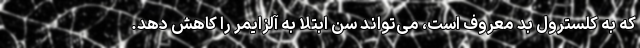
که به کلسترول بد معروف است، می‌تواند سن ابتلا به آلزایمر را کاهش دهد.